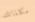
مكالماتك